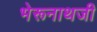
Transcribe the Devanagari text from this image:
भेरूनाथजी